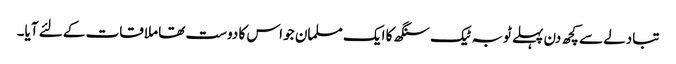
تبادلے سے کچھ دن پہلے ٹوبہ ٹیک سنگھ کا ایک مسلمان جو اس کا دوست تھا ملاقات کے لئے آیا۔